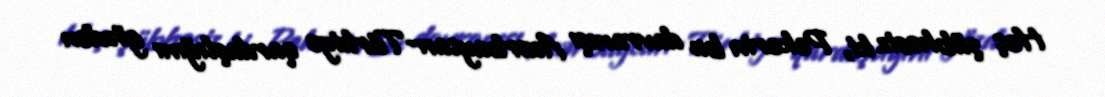
Heç şübhəsiz ki, Pekerin bu davranışı Azərbaycan-Türkiyə qardaşlığını gözdən